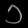
Digit: ၁